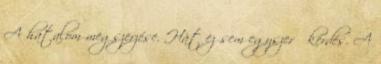
A hatalom megszerzése. Hát ez sem egyszerű kérdés. A